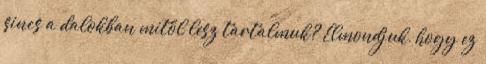
sincs a dalokban mitől lesz tartalmuk? Elmondjuk, hogy ez